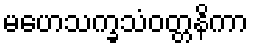
မဟေသက္ခသံဝတ္တနိကာ